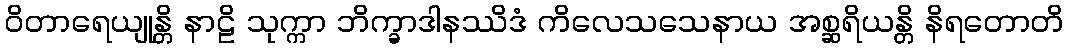
ဝိတာရေယျုန္တိ နာဠိ သုက္ကာ ဘိက္ခာဒါနဿိဒံ ကိလေသသေနာယ အစ္ဆရိယန္တိ နိရတောတိ